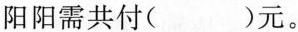
阳阳需共付( )元